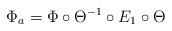
LaTeX: \begin{align*}\Phi_a=\Phi\circ \Theta^{-1} \circ E_1 \circ \Theta \end{align*}